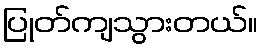
ပြုတ်ကျသွားတယ်။